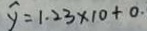
y = 1 . 2 3 \times 1 0 + 0 .